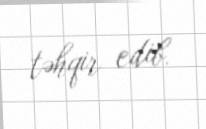
təhqir edib.